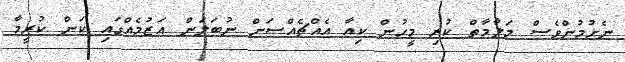
ނެށުމުންވެސް މަލާމާތް ކުރި މީހުން ކިއާ އެއްޗެއްސަށް ނުބަލަން އަޒުމެއްގައި ކަން ކުރީމާ